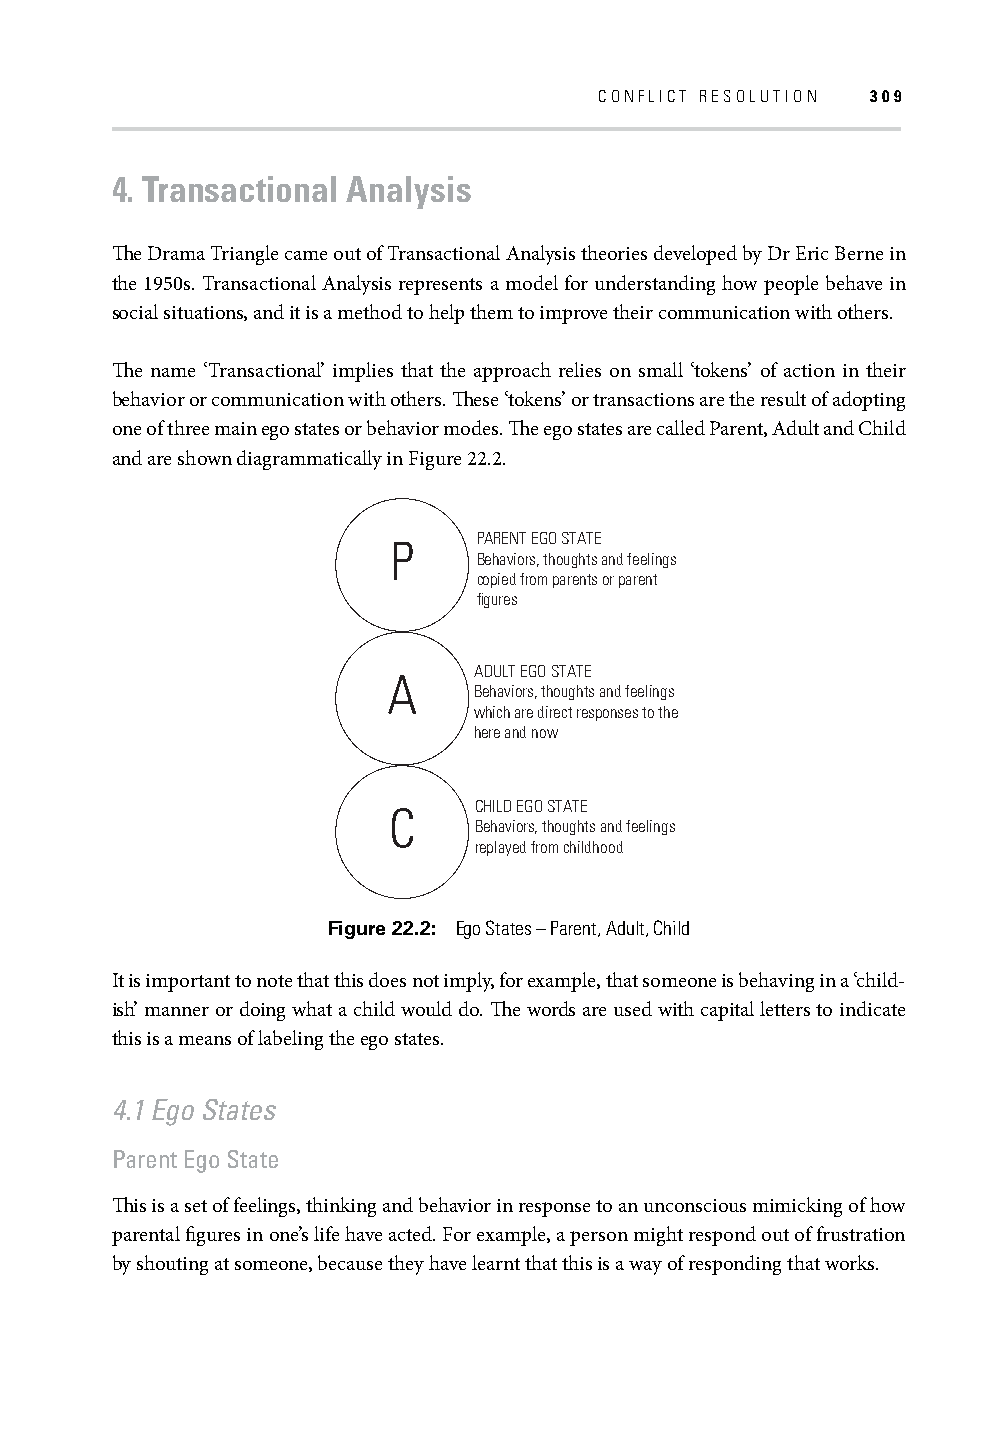
CONFLICT RESOLUTION 309
 4. Transactional Analysis
 Th e Drama Triangle came out of Transactional Analysis theories developed by Dr Eric Berne in
 the 1950s. Transactional Analysis represents a model for understanding how people behave in
 social situations, and it is a method to help them to improve their communication with others.
 Th e name ‘Transactional’ implies that the approach relies on small ‘tokens’ of action in their
 behavior or communication with others. Th ese ‘tokens’ or transactions are the result of adopting
 one of three main ego states or behavior modes. Th e ego states are called Parent, Adult and Child
 and are shown diagrammatically in Figure 22.2.
 PARENT EGO STATE
 P
 Behaviors, thoughts and feelings
 copied from parents or parent
 figures
 ADULT EGO STATE
 A
 Behaviors, thoughts and feelings
 which are direct responses to the
 here and now
 C    CHILD EGO STATE
 Behaviors, thoughts and feelings
 replayed from childhood
 Figure 22.2: Ego States – Parent, Adult, Child
 It is important to note that this does not imply, for example, that someone is behaving in a ‘child-
 ish’ manner or doing what a child would do. Th e words are used with capital letters to indicate
 this is a means of labeling the ego states.
 4.1 Ego States
 Parent Ego State
 Th is is a set of feelings, thinking and behavior in response to an unconscious mimicking of how
 parental fi gures in one’s life have acted. For example, a person might respond out of frustration
 by shouting at someone, because they have learnt that this is a way of responding that works.